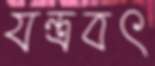
যন্ত্রবৎ